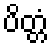
ပိတ္တံ